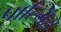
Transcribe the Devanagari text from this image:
पाल्मिरा